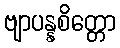
ဗျာပန္နစိတ္တော